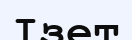
Ізет